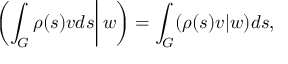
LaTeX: \left. \left( \int _ { G } \rho ( s ) v d s \right| w \right) = \int _ { G } ( \rho ( s ) v | w ) d s ,